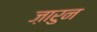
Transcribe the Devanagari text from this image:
ज़ारुन